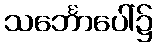
သင်္ဘောပေါ်၌